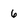
Character: 6